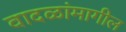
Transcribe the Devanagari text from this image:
वादळांमागील